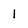
Character: 1